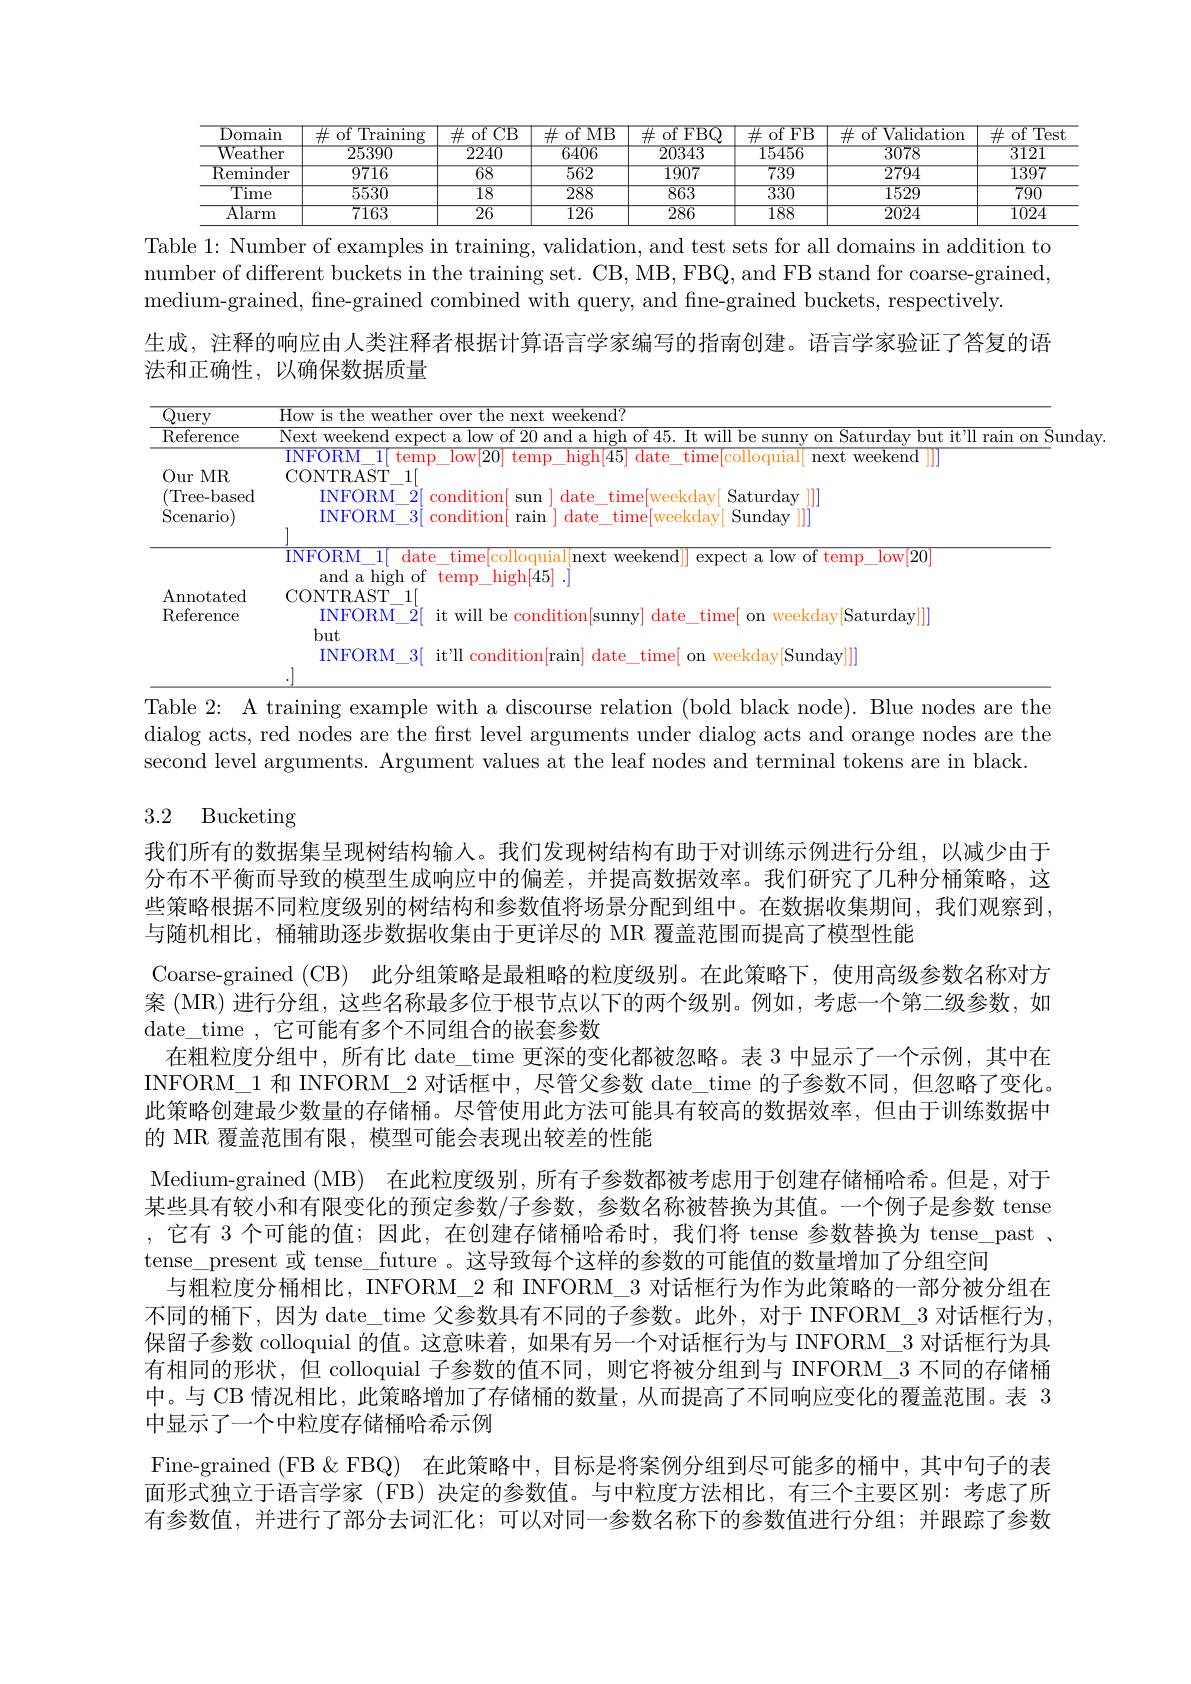
<table>
	<tbody>
		<tr>
			<th>$\overline{{\mathrm{Domain}}}$</th>
			<th>$\#$ of Training</th>
			<th>$\mathop{\mathrm{of~CB}}$ 井</th>
			<th>$\#$of MB</th>
			<th>$\#$ of FBQ</th>
			<th>$\#$ of FB</th>
			<th>$\#$ of Validation</th>
			<th>$\overline{\mathrm{ofT}}$ 出 $\frac{1}{2}=\frac{1}{2}=\frac{1}{2}$</th>
		</tr>
		<tr>
			<td>${\mathrm{Weather}}$</td>
			<td>25390</td>
			<td>2240</td>
			<td>6406</td>
			<td>20343</td>
			<td>15456</td>
			<td>3078</td>
			<td>3121</td>
		</tr>
		<tr>
			<td>$\overline{{\mathrm{Reminder}}}$</td>
			<td>$\overline{9716}$</td>
			<td>$\overline{68}$</td>
			<td>562</td>
			<td>1907</td>
			<td>739</td>
			<td>2794</td>
			<td>1397</td>
		</tr>
		<tr>
			<td>${\overline{Time}}$</td>
			<td>5530</td>
			<td>18</td>
			<td>$\overline{288}$</td>
			<td>$\overline{863}$</td>
			<td>$\overline{330}$</td>
			<td>$\overline{1529}$</td>
			<td>790</td>
		</tr>
		<tr>
			<td>$\overline{\text{Alarm}}$</td>
			<td>$\overline{7163}$</td>
			<td>$\overline{26}$</td>
			<td>$\overline{126}$</td>
			<td>286</td>
			<td>188</td>
			<td>$\overline{2024}$</td>
			<td>$\overline{102}.$</td>
		</tr>
	</tbody>
</table>
Table 1: Number of examples in training, validation, and test sets for all domains in addition to

number of different buckets in the training set. CB, MB, FBQ, and FB stand for coarse-grained,
medium- grained, fine- grained combined with query, and fine- grained buckets, respectively.
生成，注释的响应由人类注释者根据计算语言学家编写的指南创建。语言学家验证了答复的语
法和正确性，以确保数据质量

<table>
	<tbody>
		<tr>
			<td>$\left(\text{L}\right)$ uery</td>
			<td>How is the weather over the next weekend?</td>
		</tr>
		<tr>
			<td>$\operatorname{Reference}$ Our $MR$ (Tree-based $\operatorname{Scenario})$</td>
			<td>$\begin{array}{c}\text{Next weekend expect a low of 20 and a high of 45. It will be sunny on Saturday but it'll rain on Su}\\\end{array}$ INFORM\_1[ temp\_low[20] temp\_high[45] date\_time[colloquial[ next weekend ]]] $\mathrm{CONTRAST}_{-1}[$ INFORM\_3[ condition[ rain ] date\_time[weekday[ Sunday $\color{#c00}{\mathrm{ll}}$]] INFORM\_2[ $\dot{2}[$ condition[ sun ] date\_time[weekday[ Saturday ]]</td>
		</tr>
		<tr>
			<td>Annotated Reference</td>
			<td>and a high of temp\_high[45]. |expect a low ot temp $\mathrm{CONTRAST}_{-}1[$ but INFORM\_2[ it will be condi INFORM\_3[ it'll condition[ra</td>
		</tr>
		<tr>
			<td> </td>
			<td>VL $V/JJ$</td>
		</tr>
	</tbody>
</table>

Table 2: A training example with a discourse relation (bold black node). Blue nodes are the dialog acts, red nodes are the first level arguments under dialog acts and orange nodes are the second level arguments. Argument values at the leaf nodes and terminal tokens are in black.

# 3.2 Bucketing

我们所有的数据集呈现树结构输人。我们发现树结构有助于对训练示例进行分组，以减少由于分布不平衡而导致的模型生成响应中的偏差，并提高数据效率。我们研究了几种分桶策略，这些策略根据不同粒度级别的树结构和参数值将场景分配到组中。在数据收集期间，我们观察到， 与随机相比，桶辅助逐步数据收集由于更详尽的 MR 覆盖范围而提高了模型性能
Coarse-grained (CB) 此分组策略是最粗略的粒度级别。在此策略下，使用高级参数名称对方案 (MR) 进行分组，这些名称最多位于根节点以下的两个级别。例如，考虑一个第二级参数，如date\_time\_它可能有多个不同组合的嵌套参数
在粗粒度分组中，所有比 date\_time 更深的变化都被忽略。表 3 中显示了一个示例，其中在INFORM\_1 和 INFORM\_2 对话框中，尽管父参数 date\_time 的子参数不同，但忽略了变化。此策略创建最少数量的存储桶。尽管使用此方法可能具有较高的数据效率，但由于训练数据中的 MR 覆盖范围有限，模型可能会表现出较差的性能
Medium-grained (MB) 在此粒度级别，所有子参数都被考虑用于创建存储桶哈希。但是，对于某些具有较小和有限变化的预定参数/子参数，参数名称被替换为其值。一个例子是参数 tense ,它有 3 个可能的值；因此，在创建存储桶哈希时，我们将 tense 参数替换为 tense\_past 、 tense\_present 或 tense\_future 。这导致每个这样的参数的可能值的数量增加了分组空间
与粗粒度分桶相比，INFORM\_2 和 INFORM\_3 对话框行为作为此策略的一部分被分组在不同的桶下，因为 date\_time 父参数具有不同的子参数。此外，对于 INFORM\_3 对话框行为， 保留子参数 colloquial 的值。这意味着，如果有另一个对话框行为与 INFORM\_3 对话框行为具有相同的形状，但 colloquial 子参数的值不同，则它将被分组到与 INFORM\_3 不同的存储桶中。与 CB 情况相比，此策略增加了存储桶的数量，从而提高了不同响应变化的覆盖范围。表 3中显示了一个中粒度存储桶哈希示例
Fine-grained (FB&FBQ) 在此策略中，目标是将案例分组到尽可能多的桶中，其中句子的表面形式独立于语言学家 (FB) 决定的参数值。与中粒度方法相比，有三个主要区别：考虑了所有参数值，并进行了部分去词汇化；可以对同一参数名称下的参数值进行分组；并跟踪了参数